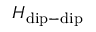
H _ { \mathrm { d i p - d i p } }